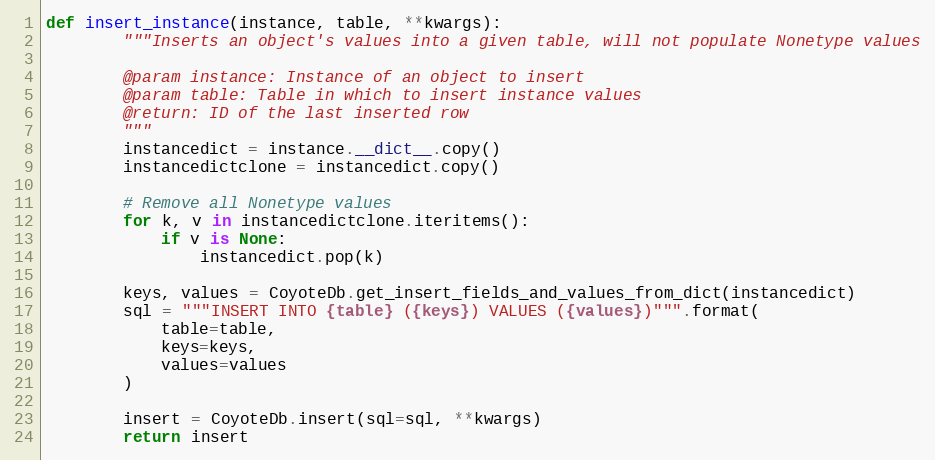
Language: Python
def insert_instance(instance, table, **kwargs):
        """Inserts an object's values into a given table, will not populate Nonetype values

        @param instance: Instance of an object to insert
        @param table: Table in which to insert instance values
        @return: ID of the last inserted row
        """
        instancedict = instance.__dict__.copy()
        instancedictclone = instancedict.copy()

        # Remove all Nonetype values
        for k, v in instancedictclone.iteritems():
            if v is None:
                instancedict.pop(k)

        keys, values = CoyoteDb.get_insert_fields_and_values_from_dict(instancedict)
        sql = """INSERT INTO {table} ({keys}) VALUES ({values})""".format(
            table=table,
            keys=keys,
            values=values
        )

        insert = CoyoteDb.insert(sql=sql, **kwargs)
        return insert